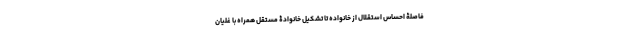
فاصلۀ احساس استقلال از خانواده تا تشکیل خانوادۀ مستقل همراه با غلیان